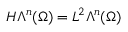
H \Lambda ^ { n } ( \Omega ) = L ^ { 2 } \Lambda ^ { n } ( \Omega )